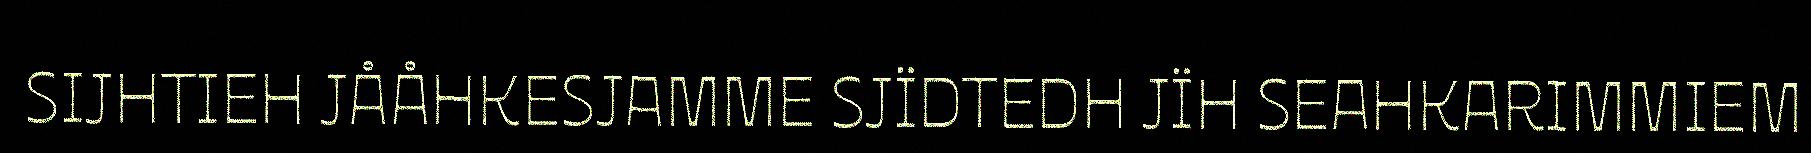
SIJHTIEH JÅÅHKESJAMME SJÏDTEDH JÏH SEAHKARIMMIEM